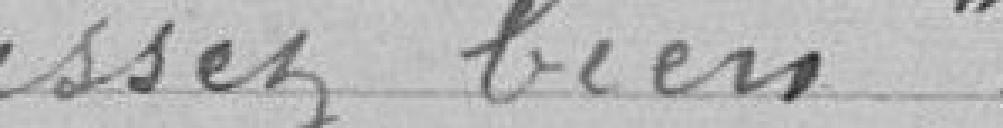
" assez bien ".